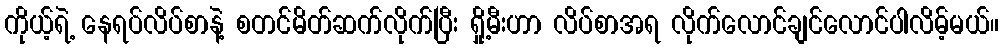
ကိုယ့်ရဲ့ နေရပ်လိပ်စာနဲ့ စတင်မိတ်ဆက်လိုက်ပြီး ရှို့မီးဟာ လိပ်စာအရ လိုက်လောင်ချင်လောင်ပါလိမ့်မယ်။